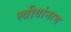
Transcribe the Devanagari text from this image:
स्त्रीयांनाच